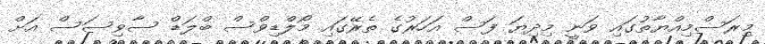
މިރަސްމިއްޔާތުގައި ވަނީ މިދިޔަ ފަސް އަހަރުގެ ތެރޭގައި މޯލްޑިވްސް ބްލަޑް ސާވިސަސް އަށް